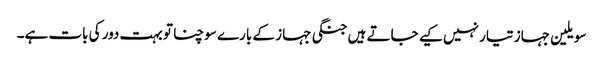
سویلین جہاز تیار نہیں کیے جاتے ہیں جنگی جہاز کے بارے سوچنا تو بہت دور کی بات ہے۔